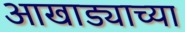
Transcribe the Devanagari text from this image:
आखाड्याच्या